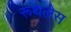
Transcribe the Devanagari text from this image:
रूथलेस